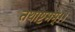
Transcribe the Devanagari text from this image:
तथाष्टमम्।।